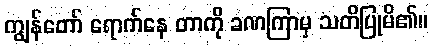
ကျွန်တော် ရောက်နေ တာကို ခဏကြာမှ သတိပြုမိ၏။